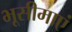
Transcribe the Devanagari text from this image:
भूसीमाएं